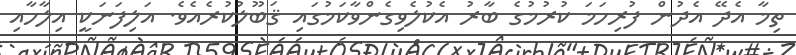
ތިމާ އެދޭ އެދުން ފުރިހަމަ ކުރުމުގެ ބާރު އެކުލެވިގެންވާކަމުގައި ޤަބޫލުކުރެއެވެ. އަލިފަނަކީ އިލާހާއި